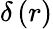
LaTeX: \delta\, (r)